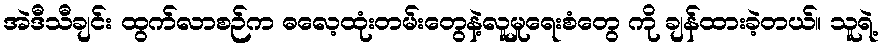
အဲဒီသီချင်း ထွက်လာစဉ်က ဓလေ့ထုံးတမ်းတွေနဲ့လူမှုရေးစံတွေ ကို ချန်ထားခဲ့တယ်။ သူရဲ့